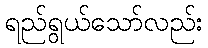
ရည်ရွယ်သော်လည်း